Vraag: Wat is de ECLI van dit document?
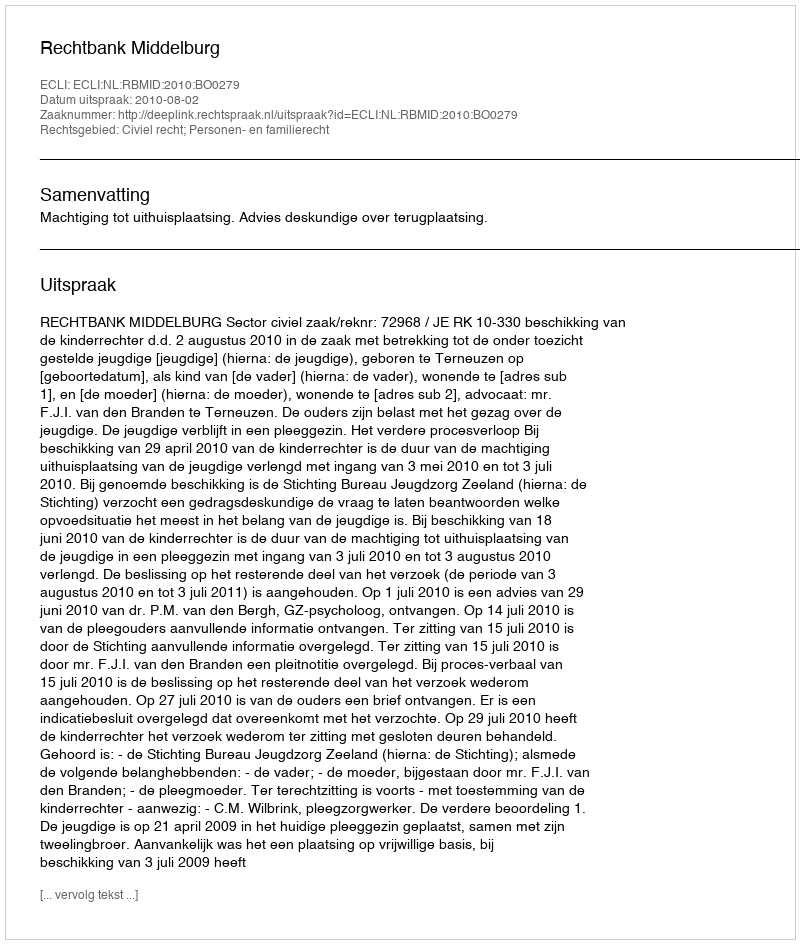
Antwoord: ECLI:NL:RBMID:2010:BO0279